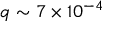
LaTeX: q \sim 7 \times 1 0 ^ { - 4 }